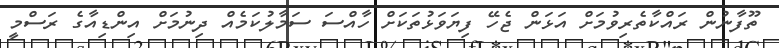
ތޫފާނުން ރައްކާތެރިވުމަށް އަޅަން ޖެހޭ ފިޔަވަޅުތަކަށް ހާއްސަ ސަމާލުކަމެއް ދިނުމަށް އިންޑިއާގެ ރަސްމީ